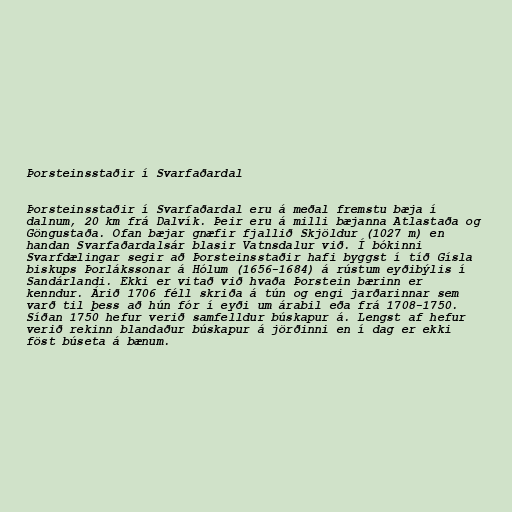
Þorsteinsstaðir í Svarfaðardal

Þorsteinsstaðir í Svarfaðardal eru á meðal fremstu bæja í
dalnum, 20 km frá Dalvík. Þeir eru á milli bæjanna Atlastaða og
Göngustaða. Ofan bæjar gnæfir fjallið Skjöldur (1027 m) en
handan Svarfaðardalsár blasir Vatnsdalur við. Í bókinni
Svarfdælingar segir að Þorsteinsstaðir hafi byggst í tíð Gísla
biskups Þorlákssonar á Hólum (1656-1684) á rústum eyðibýlis í
Sandárlandi. Ekki er vitað við hvaða Þorstein bærinn er
kenndur. Árið 1706 féll skriða á tún og engi jarðarinnar sem
varð til þess að hún fór í eyði um árabil eða frá 1708-1750.
Síðan 1750 hefur verið samfelldur búskapur á. Lengst af hefur
verið rekinn blandaður búskapur á jörðinni en í dag er ekki
föst búseta á bænum.